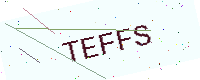
Text: TEFFS